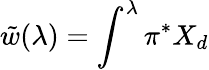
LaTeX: \tilde{w}(\lambda)=\int^{\lambda}\pi^{*}X_{d}